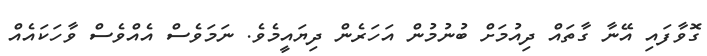
ގޮވާފައި އޭނާ ގާތައް ދިއުމަށް ބުނުމުން އަހަރެން ދިޔައީމެވެ. ނަމަވެސް އެއްވެސް ވާހަކައެއް